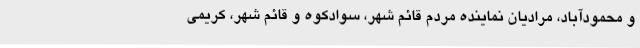
و محمودآباد، مرادیان نماینده مردم قائم شهر، سوادکوه و قائم شهر، کریمی